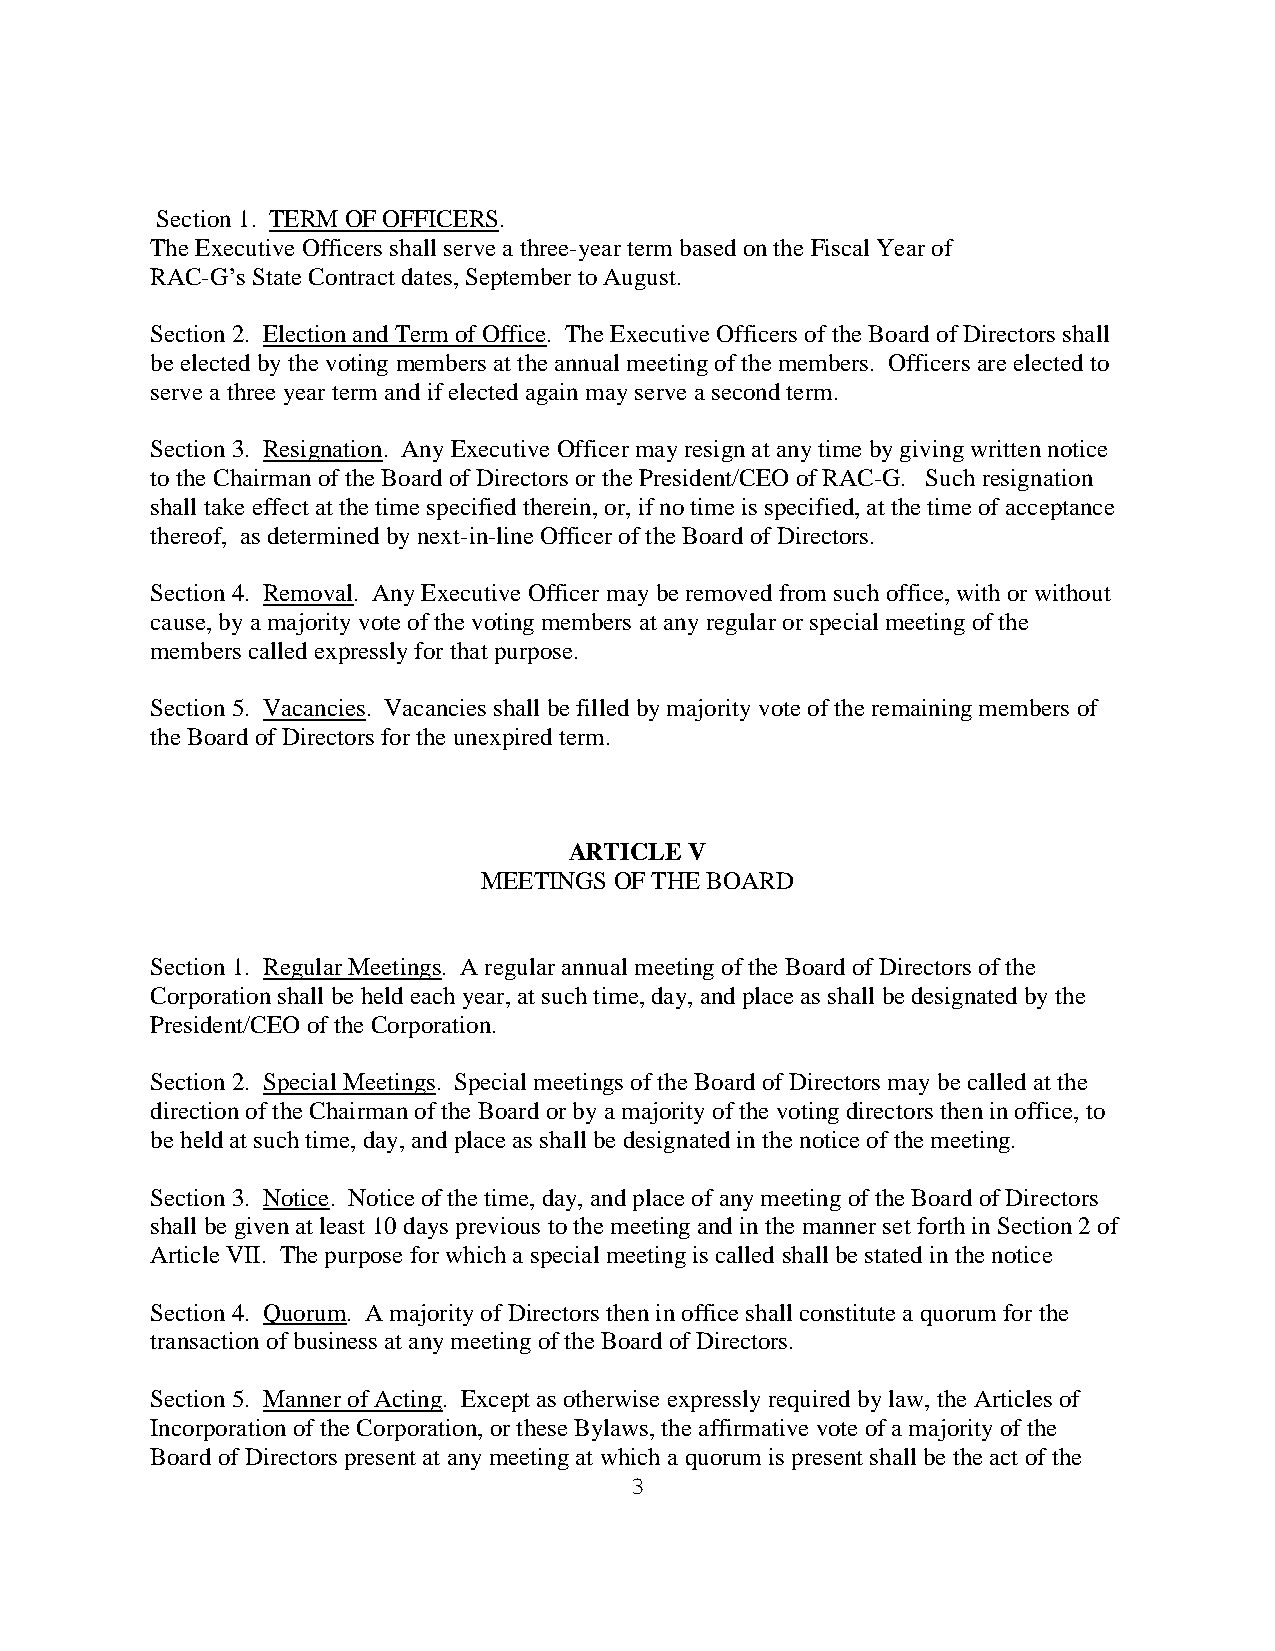
Section 1. TERM OF OFFICERS.
 The Executive Officers shall serve a three-year term based on the Fiscal Year of
 RAC-G’s State Contract dates, September to August.
 Section 2. Election and Term of Office. The Executive Officers of the Board of Directors shall
 be elected by the voting members at the annual meeting of the members. Officers are elected to
 serve a three year term and if elected again may serve a second term.
 Section 3. Resignation. Any Executive Officer may resign at any time by giving written notice
 to the Chairman of the Board of Directors or the President/CEO of RAC-G. Such resignation
 shall take effect at the time specified therein, or, if no time is specified, at the time of acceptance
 thereof, as determined by next-in-line Officer of the Board of Directors.
 Section 4. Removal. Any Executive Officer may be removed from such office, with or without
 cause, by a majority vote of the voting members at any regular or special meeting of the
 members called expressly for that purpose.
 Section 5. Vacancies. Vacancies shall be filled by majority vote of the remaining members of
 the Board of Directors for the unexpired term.
 ARTICLE V
 MEETINGS OF THE BOARD
 Section 1. Regular Meetings. A regular annual meeting of the Board of Directors of the
 Corporation shall be held each year, at such time, day, and place as shall be designated by the
 President/CEO of the Corporation.
 Section 2. Special Meetings. Special meetings of the Board of Directors may be called at the
 direction of the Chairman of the Board or by a majority of the voting directors then in office, to
 be held at such time, day, and place as shall be designated in the notice of the meeting.
 Section 3. Notice. Notice of the time, day, and place of any meeting of the Board of Directors
 shall be given at least 10 days previous to the meeting and in the manner set forth in Section 2 of
 Article VII. The purpose for which a special meeting is called shall be stated in the notice
 Section 4. Quorum. A majority of Directors then in office shall constitute a quorum for the
 transaction of business at any meeting of the Board of Directors.
 Section 5. Manner of Acting. Except as otherwise expressly required by law, the Articles of
 Incorporation of the Corporation, or these Bylaws, the affirmative vote of a majority of the
 Board of Directors present at any meeting at which a quorum is present shall be the act of the
 3